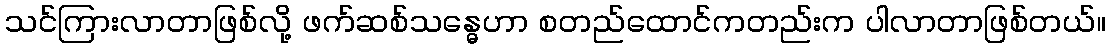
သင်ကြားလာတာဖြစ်လို့ ဖက်ဆစ်သန္ဓေဟာ စတည်ထောင်ကတည်းက ပါလာတာဖြစ်တယ်။